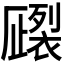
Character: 𧝦